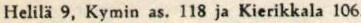
Helilä 9, Kymin as. 118 ja Kierikkala 106